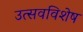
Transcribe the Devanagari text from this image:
उत्सवविशेष